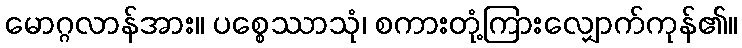
မောဂ္ဂလာန်အား။ ပစ္စေဿာသုံ၊ စကားတုံ့ကြားလျှောက်ကုန်၏။